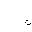
Letter: _non